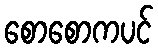
စောစောကပင်